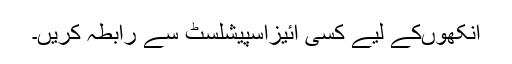
آنکھوںکے لیے کسی آئیزاسپیشلسٹ سے رابطہ کریں۔